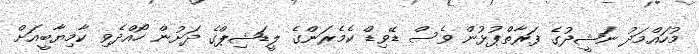
މުހައްމަދު ނަޝީދުގެ ފަރާތްޕުޅުން ވެސް ޑޭވިޑް ކެމެރަންގެ ލީޑަޝިޕްގެ ދަށުން ހޯއްދެވި ކާމިޔާބީއަށް